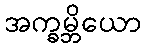
အက္ခမ္ဘိယော